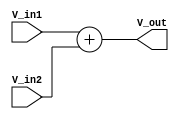
module LogarithmicAnalogMultiplier (
    input wire [15:0] V_in1,  // 16-bit input voltage 1
    input wire [15:0] V_in2,  // 16-bit input voltage 2
    output reg [15:0] V_out    // 16-bit output voltage (product)
);

    // Internal signals for logarithmic and exponential operations
    reg [15:0] V_log1;
    reg [15:0] V_log2;
    reg [15:0] V_sum;

    // Function to simulate logarithmic conversion (placeholder)
    function [15:0] log_conversion(input [15:0] V);
        // Placeholder for logarithm calculation, for example:
        // log_conversion could be implemented using LUT or other methods
        log_conversion = V; // Replace with actual log calculation
    endfunction

    // Function to simulate exponential conversion (placeholder)
    function [15:0] exp_conversion(input [15:0] V);
        // Placeholder for exponential calculation
        exp_conversion = V; // Replace with actual exp calculation
    endfunction

    always @(*) begin
        // Convert inputs to logarithmic form
        V_log1 = log_conversion(V_in1);
        V_log2 = log_conversion(V_in2);

        // Summation of logarithmic outputs
        V_sum = V_log1 + V_log2;

        // Convert back to linear form
        V_out = exp_conversion(V_sum);
    end

endmodule